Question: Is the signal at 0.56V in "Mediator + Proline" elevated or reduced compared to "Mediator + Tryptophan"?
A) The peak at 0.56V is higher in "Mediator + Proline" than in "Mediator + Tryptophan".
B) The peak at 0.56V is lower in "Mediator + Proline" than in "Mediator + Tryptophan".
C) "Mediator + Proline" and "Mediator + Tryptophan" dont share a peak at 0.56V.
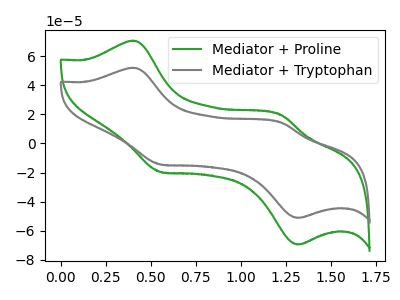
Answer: <think>The green curve "Mediator + Proline" has anodic peaks at (0.40V, 70.80uA) (1.20V, 19.55uA) and cathodic peaks at (0.55V, -19.60uA) (1.30V, -69.55uA). The gray curve "Mediator + Tryptophan" has anodic peaks at (0.40V, 52.15uA) (1.20V, 14.40uA) and cathodic peaks at (0.55V, -14.45uA) (1.30V, -51.20uA).</think>
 <answer>A) The peak at 0.56V is higher in "Mediator + Proline" than in "Mediator + Tryptophan".</answer>
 <eval>A</eval>